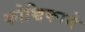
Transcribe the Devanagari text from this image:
कोच्चिकामे